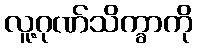
လူ့ဂုဏ်သိက္ခာကို